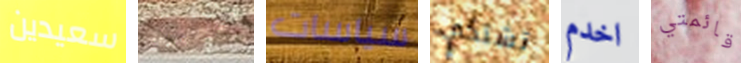
سعيدين اعجبتك سياسات تشتكي اخدم قائمتي